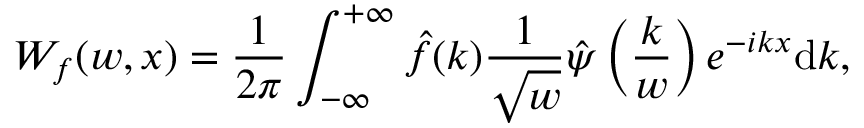
W _ { f } ( w , x ) = \frac { 1 } { 2 \pi } \int _ { - \infty } ^ { + \infty } \hat { f } ( k ) \frac { 1 } { \sqrt { w } } \hat { \psi } \left( \frac { k } { w } \right) e ^ { - i k x } \mathrm { d } k ,